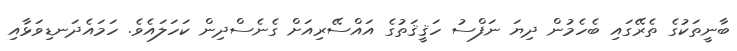
ބާނީތަކުގެ ތެރޭގައި ބެހެމުން ދިޔަ ނަފްސު ހަޤީޤަތުގެ އައްސޭރިއަށް ގެނެސްދިން ކަހަލައެވެ. ހަމައެދަނޑިވަޅާއި